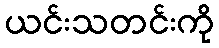
ယင်းသတင်းကို